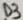
Text: D3